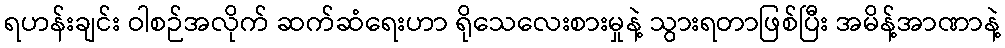
ရဟန်းချင်း ဝါစဉ်အလိုက် ဆက်ဆံရေးဟာ ရိုသေလေးစားမှုနဲ့ သွားရတာဖြစ်ပြီး အမိန့်အာဏာနဲ့